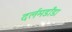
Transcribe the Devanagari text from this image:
दर्लमडाँडा